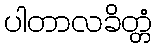
ပါတာလခိတ္တံ